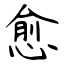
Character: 愈